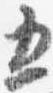
五